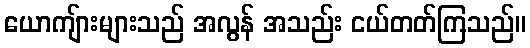
ယောကျ်ားများသည် အလွန် အသည်း ငယ်တတ်ကြသည်။